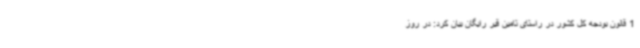
1 قانون بودجه کل کشور در راستای تامین قیر رایگان بیان کرد: در روز